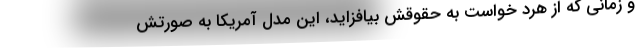
و زمانی که از هرد خواست به حقوقش بیافزاید، این مدل آمریکا به صورتش